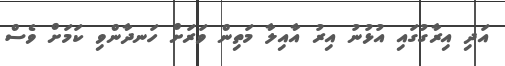
އަދި އިރާގުގައި އުޅުނު އިރު އާއިލާ މަތިން ވަރަށް ހަނދާންވި ކަމަށް ވެސް